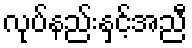
လုပ်နည်းနှင့်အညီ